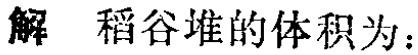
解 稻谷堆的体积为：